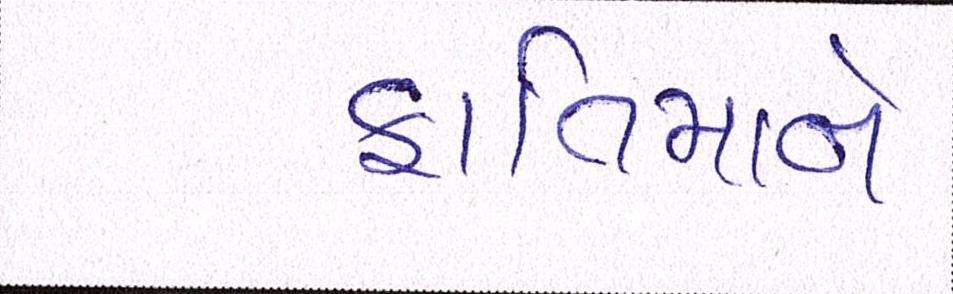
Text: ફાતિમાને